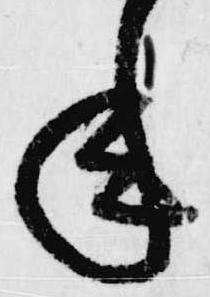
年